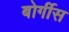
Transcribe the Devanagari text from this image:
बोर्गीस